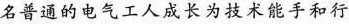
名普通的电气工人成长为技术能手和行